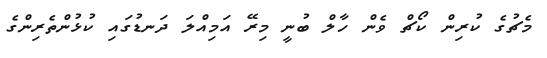
މެޗުގެ ކުރިން ކޯޗް ވެން ހާލް ބުނީ މިރޭ އަމިއްލަ ދަނޑުގައި ކުޅުންތެރިންގެ